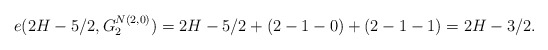
\begin{align*} e(2H-5/2,G^{N(2,0)}_{2}) =2H-5/2+(2-1-0)+(2-1-1)=2H-3/2. \end{align*}